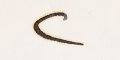
٢